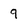
Character: 9